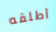
أطلقه